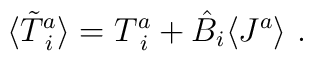
\langle \tilde{T}^{a}_{\;i} \rangle  =  T^{a}_{\;i} +  \hat{B}_i  \langle J^{a} \rangle~.